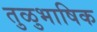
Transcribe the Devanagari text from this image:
तुळुभाषिक